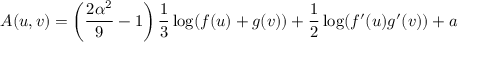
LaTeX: A ( u , v ) = \left( \frac { 2 \alpha ^ { 2 } } { 9 } - 1 \right) \frac { 1 } { 3 } \log ( f ( u ) + g ( v ) ) + \frac { 1 } { 2 } \log ( f ^ { \prime } ( u ) g ^ { \prime } ( v ) ) + a